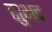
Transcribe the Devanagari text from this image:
सुभट